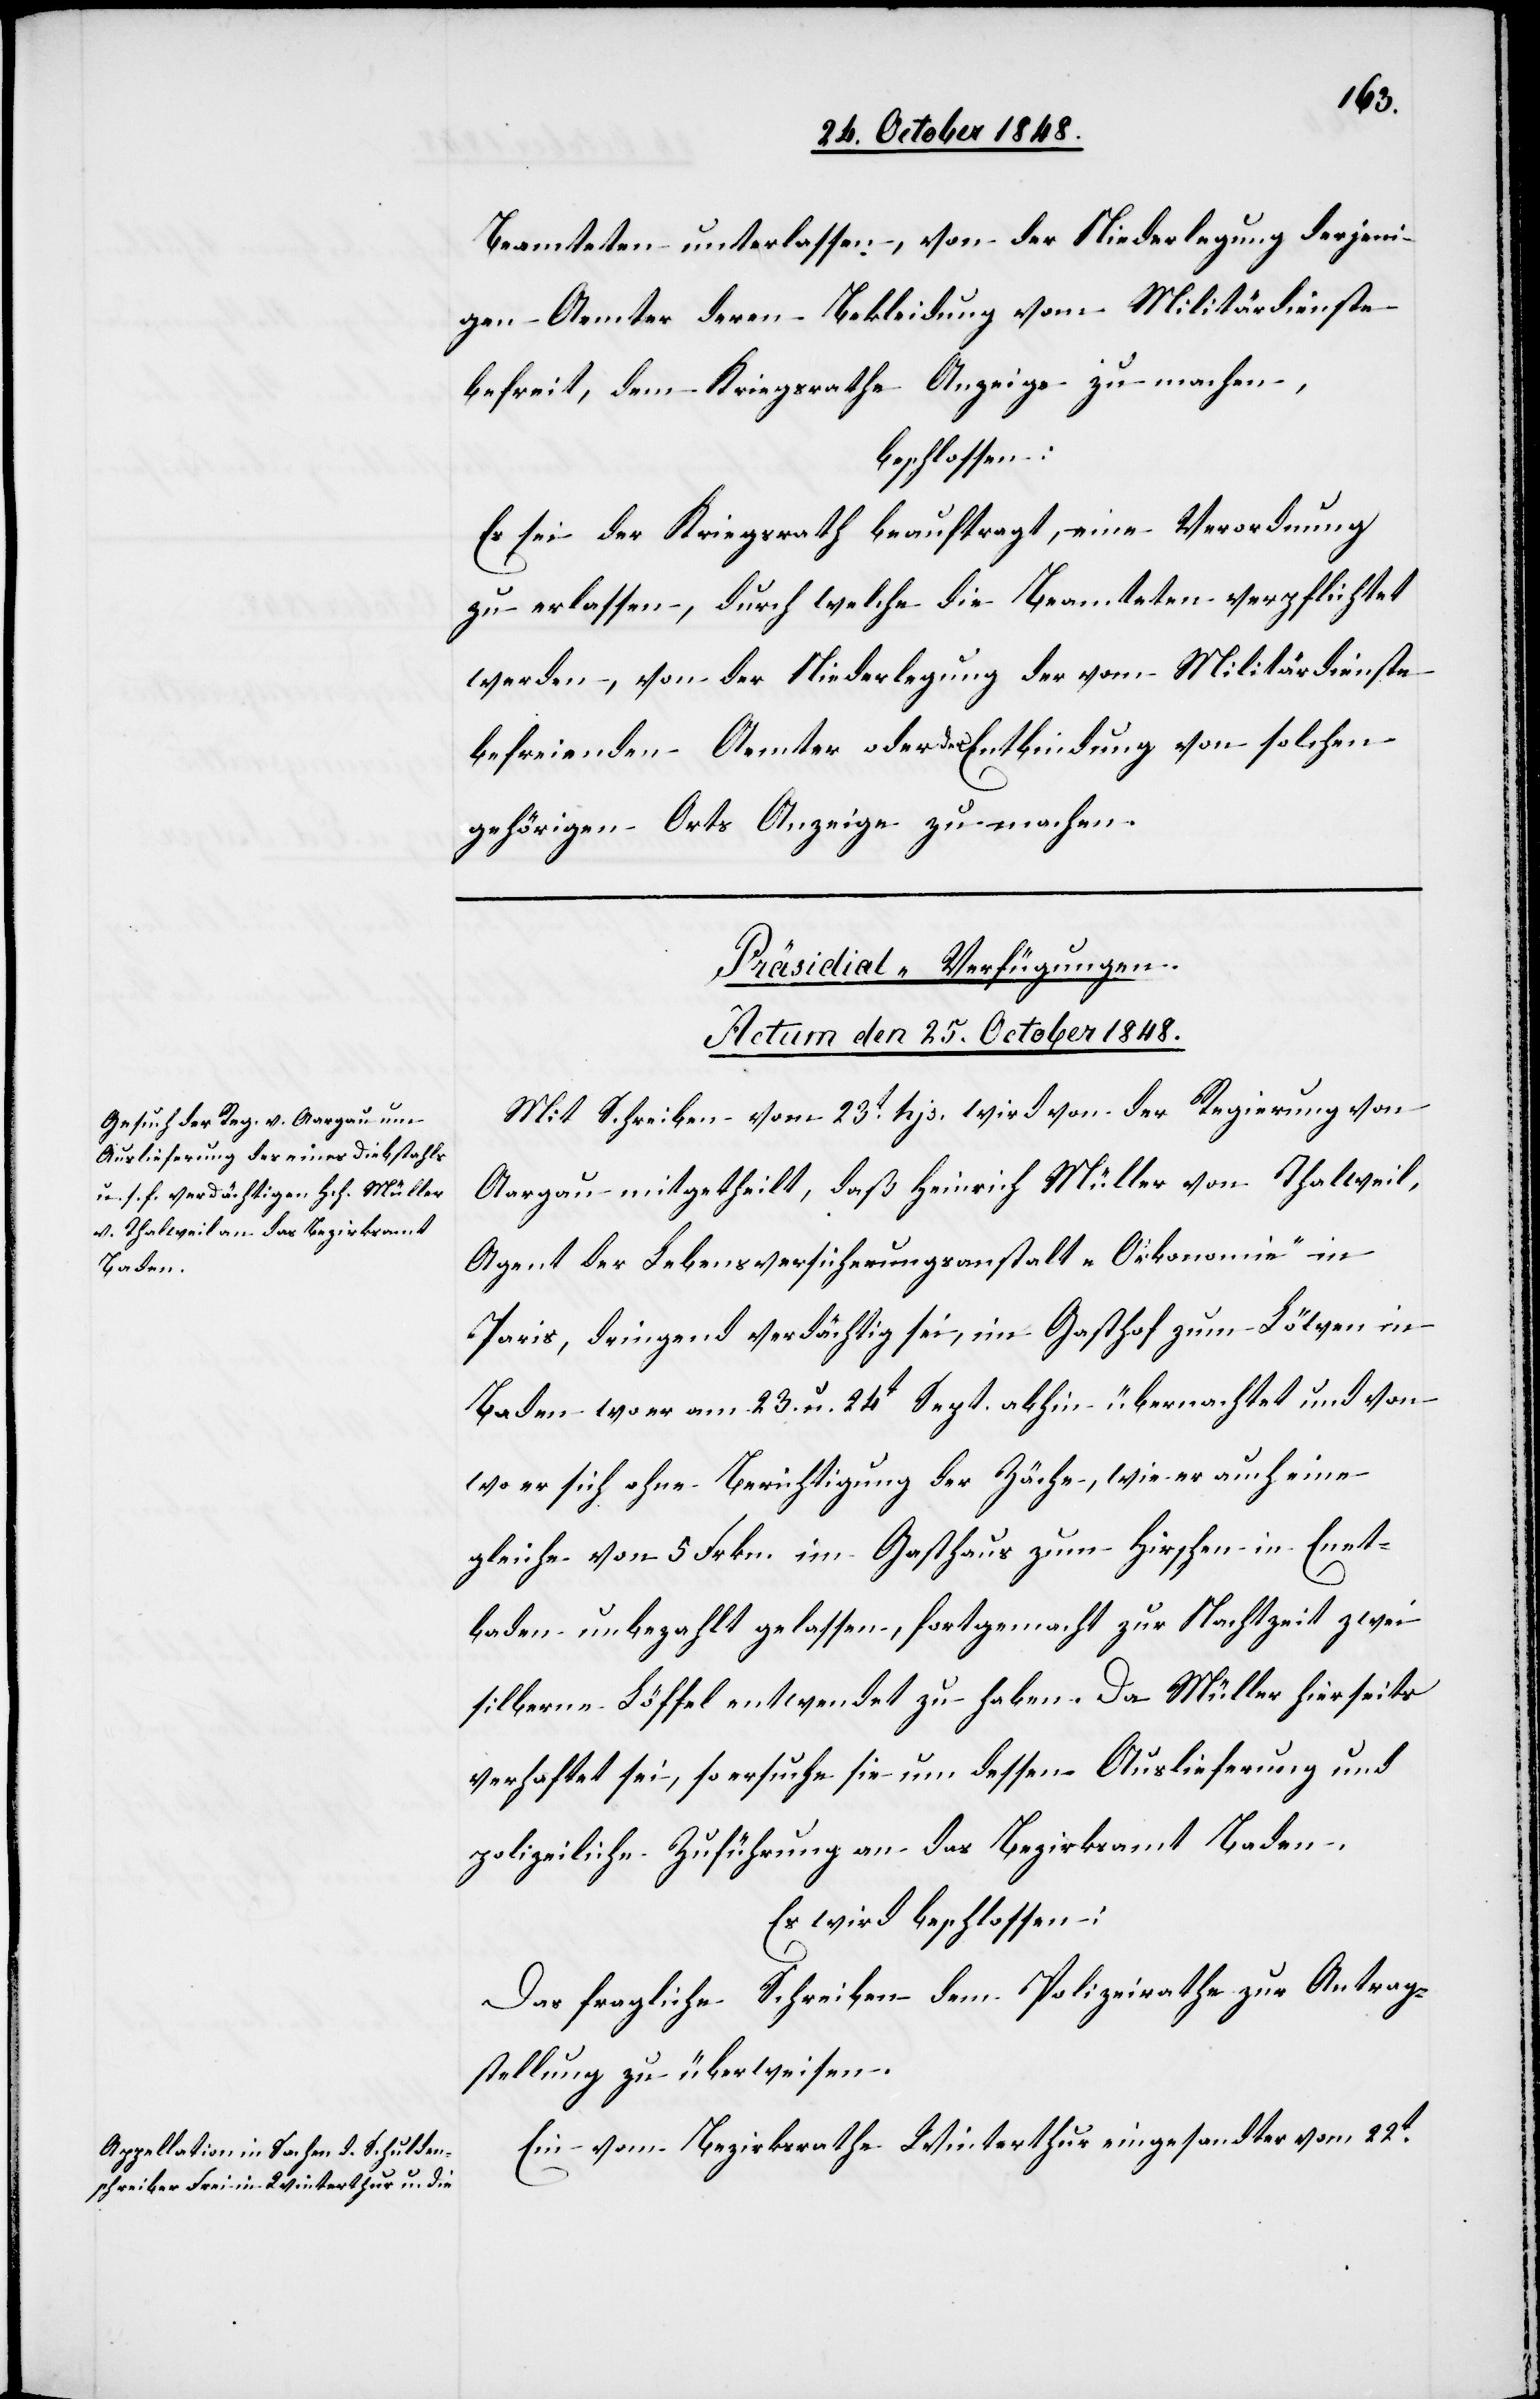
Beamteten unterlassen, von der Niederlegung derjeni¬
gen Aemter deren Bekleidung vom Militärdienste
befreit, dem Kriegsrathe Anzeige zu machen,
beschlossen:
Es sei der Kriegsrath beauftragt, eine Verordnung
zu erlassen, durch welche die Beamteten verpflichtet
werden, von der Niederlegung der vom Militärdienste
befreienden Aemter oder der Entbindung von solchen
gehörigen Orts Anzeige zu machen.
[Präsidial-Verfügungen.
Actum den 25. October 1848.]
Mit Schreiben vom 23t hjs. wird von der Regierung von
Aargau mitgetheilt, daß Heinrich Müller von Thalweil,
Agent der Lebensversicherungsanstalt „Oekonomie“ in
Paris, dringend verdächtigt sei, im Gasthof zum Löwen in
Baden wo er am 23. u. 24t Sept. abhin übernachtet und von
wo er sich ohne Berichtigung der Zäche, wie er auch eine
gleiche von 5. Frkn. im Gasthaus zum Hirschen in Enet¬
baden unbezahlt gelassen, fortgemacht zur Nachtzeit zwei
silberne Löffel entwendet zu haben. Da Müller hierseits
verhaftet sei, so ersuche sie um dessen Auslieferung und
polizeiliche Zuführung an das Bezirksamt Baden.
Es wird beschlossen:
Das fragliche Schreiben dem Polizeirathe zur Antrag¬
stellung zu überweisen.
Ein vom Bezirksrathe Winterthur eingesandter vom 22t